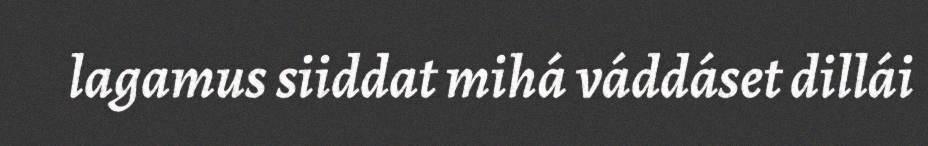
lagamus siiddat mihá váddáset dillái